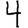
Digit: 4